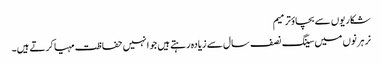
شکاریوں سے بچاؤترمیم
نر ہرنوں میں سینگ نصف سال سے زیادہ رہتے ہیں جو انہیں حفاظت مہیا کرتے ہیں۔